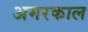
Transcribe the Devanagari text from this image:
अमरकाल